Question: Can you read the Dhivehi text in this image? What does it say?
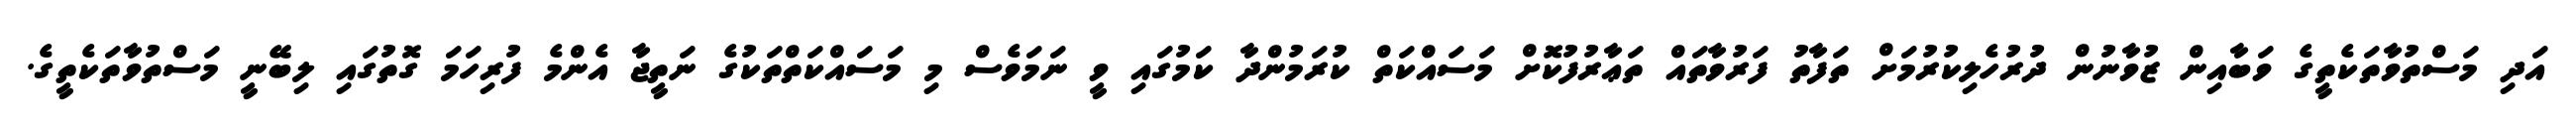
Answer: އަދި މަސްތުވާތަކެތީގެ ވަބާއިން ޒުވާނުން ދުރުހެލިކުރުމަށް ތަފާތު ފަރުވާތައް ތަޢާރުފުކޮށް މަސައްކަތް ކުރަމުންދާ ކަމުގައި ވީ ނަމަވެސް މި މަސައްކަތްތަކުގެ ނަތީޖާ އެންމެ ފުރިހަމަ ގޮތުގައި ލިބޭނީ މަސްތުވާތަކެތީގެ.